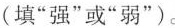
(填”强”或”弱”)。